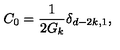
C _ { 0 } = \frac { 1 } { 2 G _ { k } } \delta _ { d - 2 k , 1 } ,